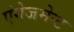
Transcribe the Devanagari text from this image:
एंगेजमेन्ट